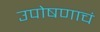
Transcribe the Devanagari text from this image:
उपोषणाचं